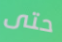
حتى